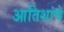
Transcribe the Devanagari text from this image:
आतिशांचे